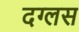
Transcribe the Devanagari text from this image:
दग्लस